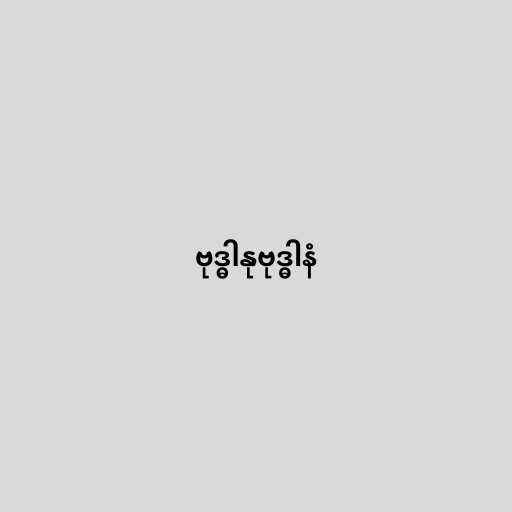
ဗုဒ္ဓါနုဗုဒ္ဓါနံ